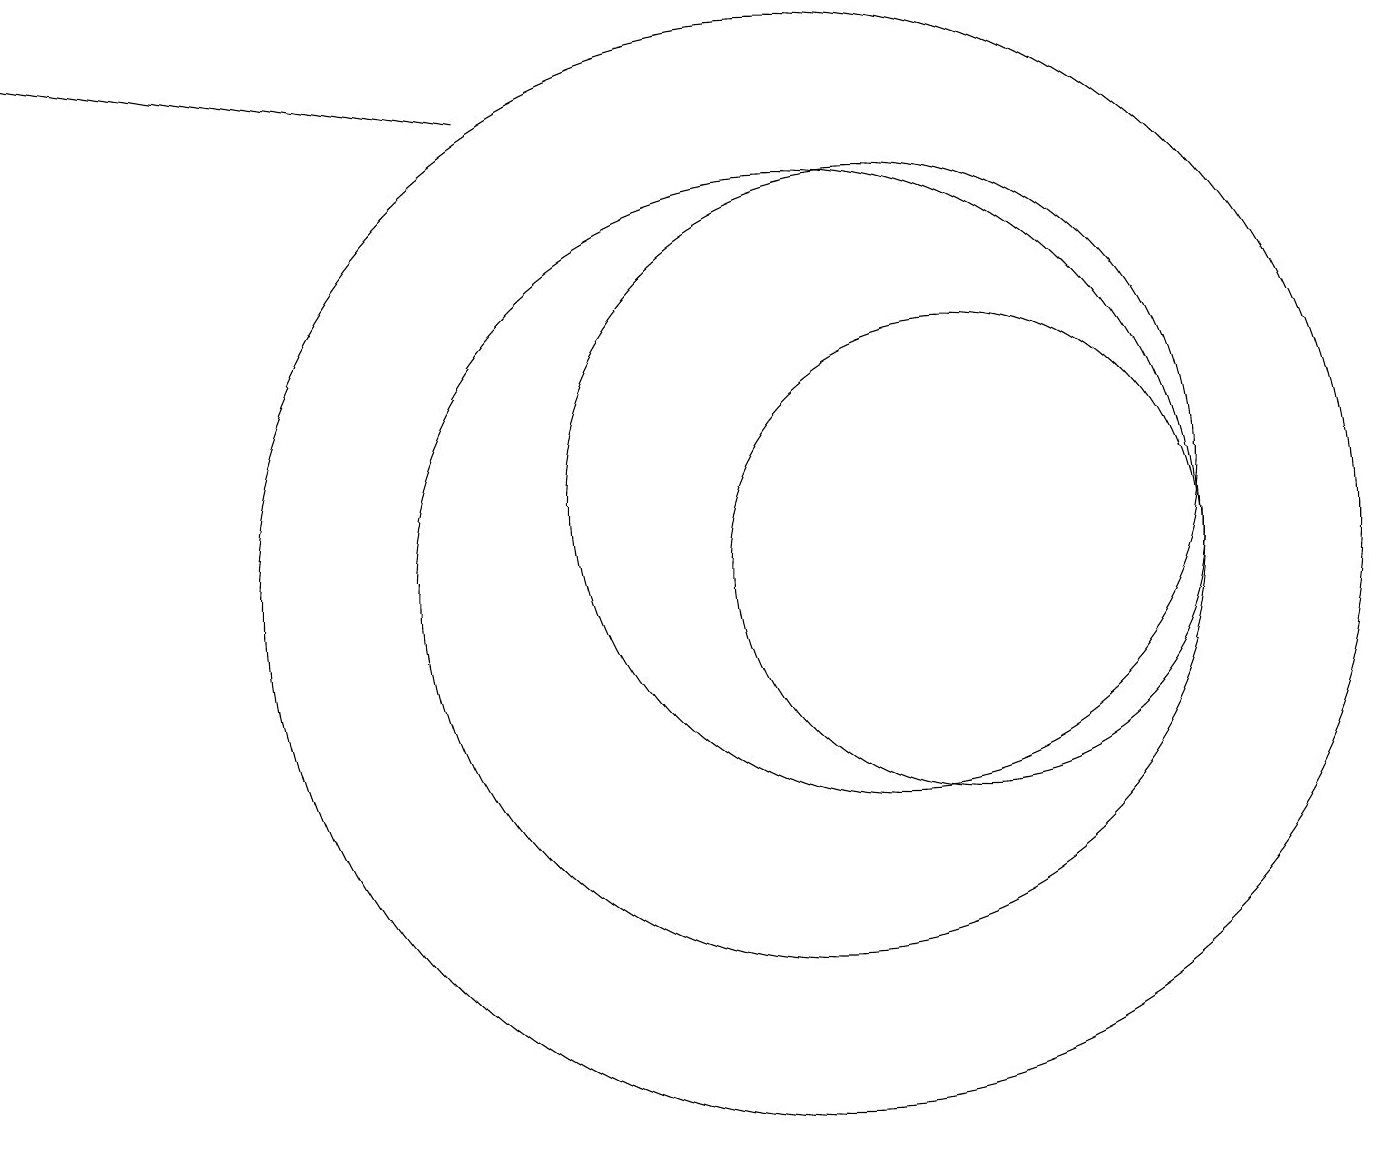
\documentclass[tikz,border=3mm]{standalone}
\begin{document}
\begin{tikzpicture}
\draw (10,10) circle (5);
\draw (1,11) rectangle (1,11);
\draw[->] (6,16) -- (0,17);
\draw (11,11) circle (4);
\draw (12,10) circle (3);
\draw (10,10) circle (7);
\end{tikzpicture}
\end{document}